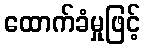
ထောက်ခံမှုဖြင့်